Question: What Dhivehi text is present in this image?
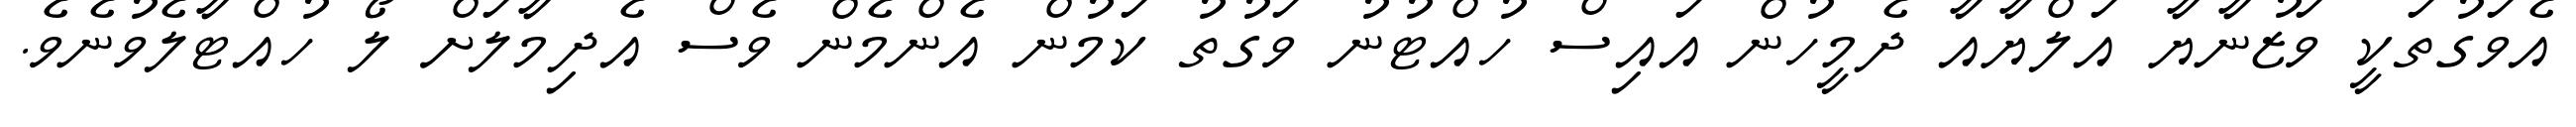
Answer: އެވަގުތަކީ ވަޒުނާޔާ އަލްޔާއާ ދެމީހުން އައިސް ހުއްޓުނު ވަގުތު ކަމުން އެންމެން ވެސް އެދިމާލަށް ލޯ ހުއްޓާލެވުނެވެ.